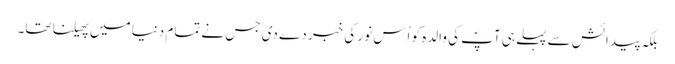
بلکہ پیدائش سے پہلے ہی آپؐ کی والدہ کو اُس نور کی خبر دے دی جس نے تمام دنیا میں پھیلنا تھا۔